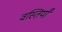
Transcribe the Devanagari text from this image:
वस्तियाँ